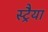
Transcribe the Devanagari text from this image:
स्ट्रैया